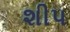
શીપ